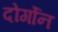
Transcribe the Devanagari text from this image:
दोर्गोन